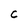
Character: C